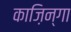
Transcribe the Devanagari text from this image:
काज़िन्गा